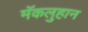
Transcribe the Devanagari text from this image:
मॅकलुहान